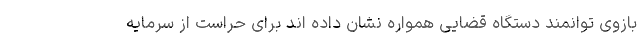
بازوی توانمند دستگاه قضایی همواره نشان داده اند برای حراست از سرمایه‌